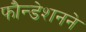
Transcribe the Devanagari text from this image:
फौन्डेशनने